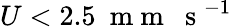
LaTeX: U<2.5~\mathrm{~m~m~~~s~}^{-1}